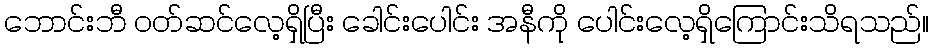
ဘောင်းဘီ ဝတ်ဆင်လေ့ရှိပြီး ခေါင်းပေါင်း အနီကို ပေါင်းလေ့ရှိကြောင်းသိရသည်။